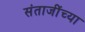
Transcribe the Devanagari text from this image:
संताजींच्या